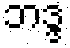
ဘဒ္ဒ